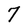
Character: 7